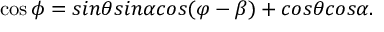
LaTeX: \cos \phi = s i n \theta s i n \alpha c o s ( \varphi - \beta ) + c o s \theta c o s \alpha .